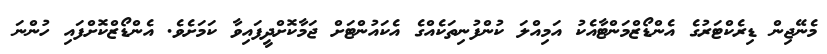
މެނޭޖިން ޑިރެކްޓަރުގެ އެންޑޯޒްމަންޓާއެކު އަމިއްލަ ކުންފުނިތަކެއްގެ އެކައުންޓަށް ޖަމާކޮށްދީފައިވާ ކަމަށެވެ. އެންޑޯޒްކޮށްފައި ހުންނަ